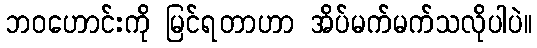
ဘဝဟောင်းကို မြင်ရတာဟာ အိပ်မက်မက်သလိုပါပဲ။